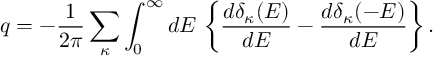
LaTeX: q = - { \frac { 1 } { 2 \pi } } \sum _ { \kappa } \int _ { 0 } ^ { \infty } d E \, \left\{ { \frac { d \delta _ { \kappa } ( E ) } { d E } } - { \frac { d \delta _ { \kappa } ( - E ) } { d E } } \right\} .